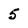
Character: 5